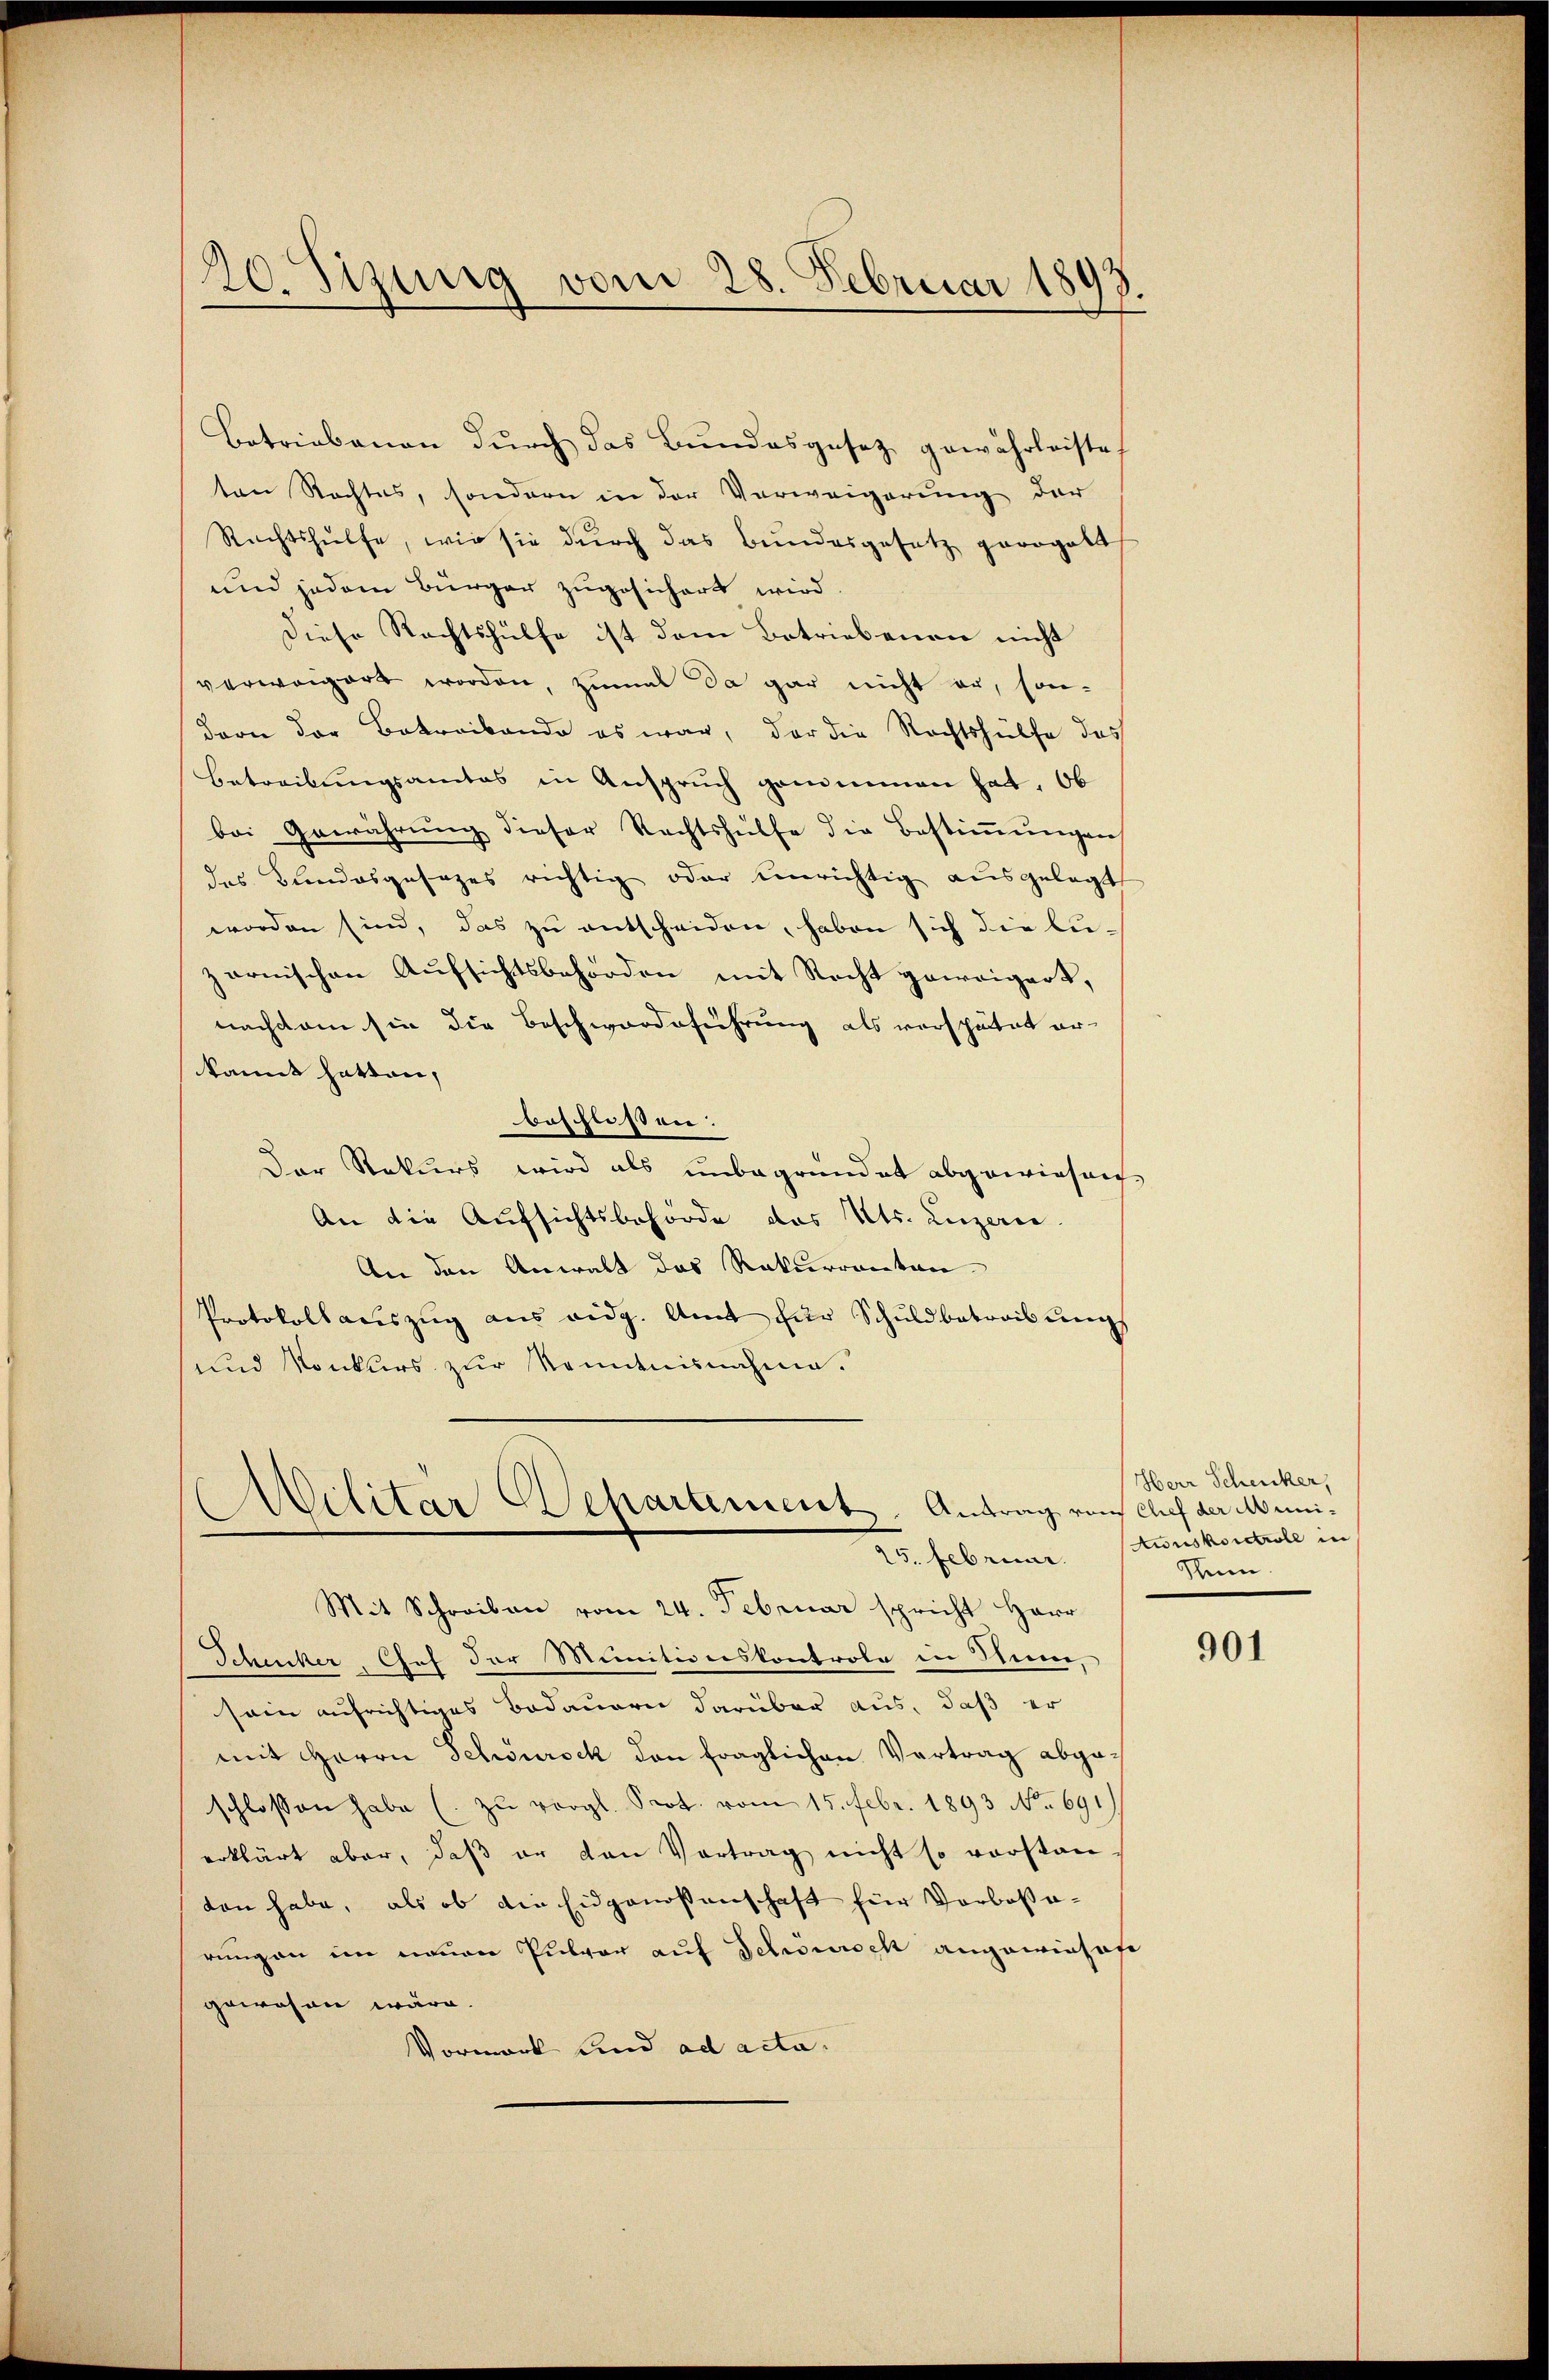
20. Sizig vom 28. Februar 1893.

Betriebenen durch das Bundesgesez gewährleistet
ten Rechtes, sondern in der Verweigerung der
Rechtshülfe, wie sie durch das Bundesgesetz gerogalt
und jedem Bürger zugesichert wird.
Diese Rechtshülfe ist dem Betriebenen nicht
verweigert worden, zumal da gar nicht er, son-
dern der Betreibende es war, der die Rechtshülfe des
Betreibungsamtes in Anspruch genommen hat, Ob
bei Gewährŭng dieser Rechtshülfe die Bestiṁŭngen
des Bundesgesezes richtig oder einrichtig ausgelegt
worden sind, das zu entscheiden, haben sich die lu-
zarnischen Aufsichtsbehörden mit Recht geweigert,
nachdem sie die Beschwerdeführung als verspätet er-
kannt hatten,
böschlossen:
Der Rekurs wird als unbegründet abgewiesen,
An die Aufsichtsbehörde des Kts. Luzern
An den Anwalt das Rekurrenten-
Protokollauszug aus eidg. Amt für Schuldbetreibungs
und Konkurs zur Kenntnisnahme.

Militar Departement. Antrag von Auf der Muni¬
25. Februar

Herr Schenker,
Ainskontroll in
Nenn.

Mit Schreiben vom 24. Februar spricht Herr
Schucker, Chef der Munitionskontrole in Stime,
sein aufrichtiges Bedauern darüber aus, daß er
mit Herrn Schönrock den fraglichen Vertrag abge-
schlossen habe (zu vergl. Prot. vom 15. Febr. 1893 No 691
erklärt aber, daß er den Vortrag nicht so vorstan-
ten habe, als ob die Eidgenossenschaft für Vorboßa-
rungen im neuen Pulver auf Schönisch angewieses
gewesen wäre.
Vormark und ad acta.

901